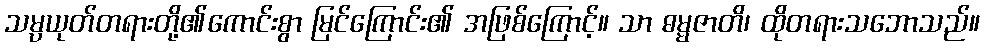
သမ္ပယုတ်တရားတို့၏ကောင်းစွာ မြင်ကြောင်း၏ အဖြစ်ကြောင့်။ သာ ဓမ္မဇာတိ၊ ထိုတရားသဘောသည်။